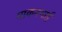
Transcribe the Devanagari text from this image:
माकनभाई